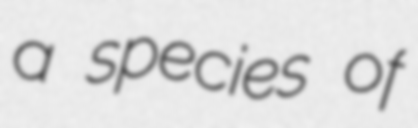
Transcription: a species of